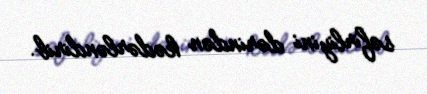
səfirliyini dərindən kədərləndirib.